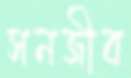
সনজীব